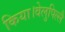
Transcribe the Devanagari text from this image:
किया।वेलुपिल्लै